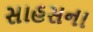
સાહસના